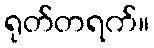
ရုတ်တရက်။